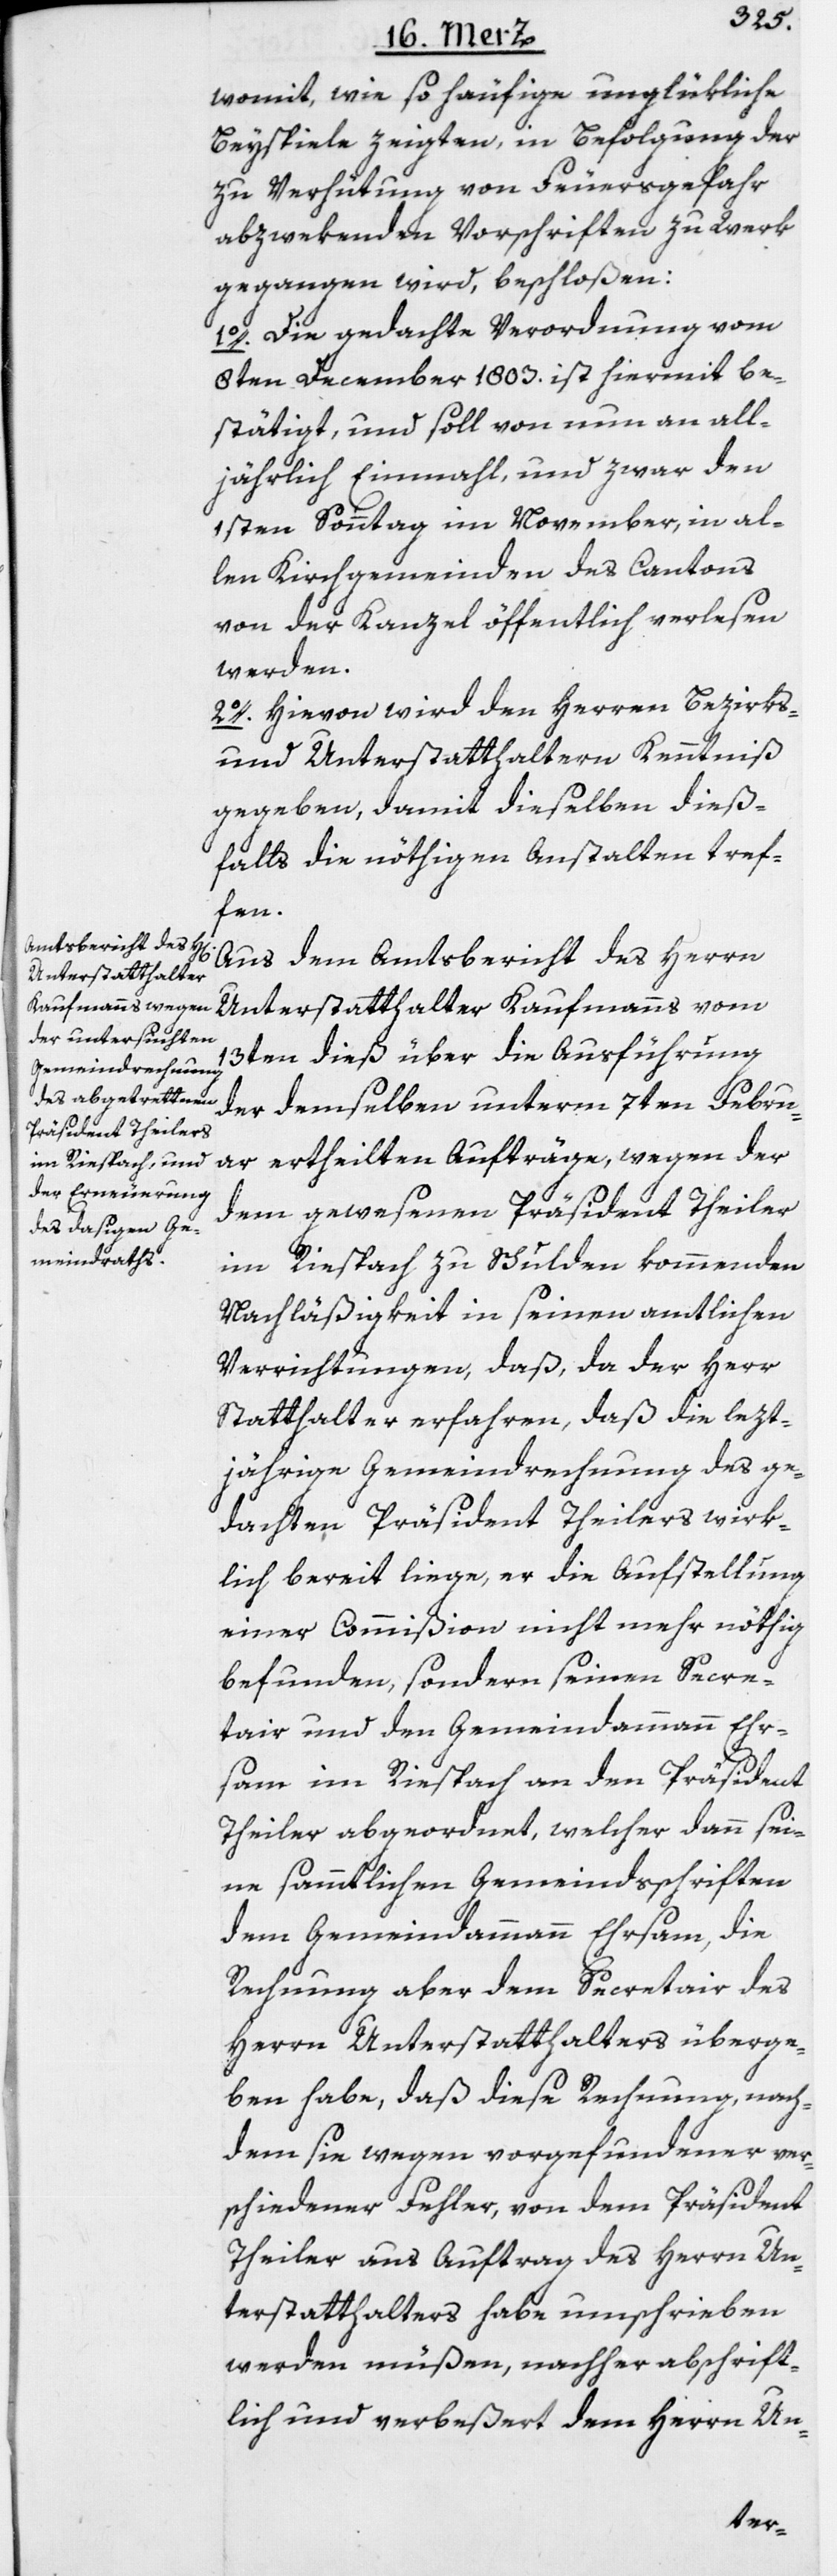
womit, wie so häufige unglükliche
Beyspiele zeigten, in Befolgung der
zur Verhütung von Feuersgefahr
abzwekenden Vorschriften zu Werk
gegangen wird, beschloßen:
1o. Die gedachte Verordnung vom
8ten December 1803. ist hiermit be¬
stätigt, und soll von nun an all¬
jährlich Einmahl, und zwar den
1sten Sonntag im November, in al¬
len Kirchgemeinden des Cantons
von der Kanzel öffentlich verlesen
werden.
2o. Hievon wird den Herren Bezirks-
und Unterstatthaltern Kenntniß
gegeben, damit dieselben dieß¬
falls die nöthigen Anstalten tref¬
fen.
Aus dem Amtsbericht des Herrn
Unterstatthalter Kaufmanns vom
13ten dieß über die Ausführung
der demselben unterm 7ten Febru¬
ar ertheilten Aufträge, wegen der
dem gewesenen Präsident Theiler
im Riespach zu Schulden kommenden
Nachläßigkeit in seinen amtlichen
Verrichtungen, daß, da der Herr
Statthalter erfahren, daß die lezt¬
jährige Gemeindrechnung des ge¬
dachten Präsident Theilers wirk¬
lich bereit liege, er die Aufstellung
einer Commißion nicht mehr nöthig
befunden, sondern seinen Secre¬
tair und den Gemeindammann Ehr¬
sam im Riespach an den Präsident
Theiler abgeordnet, welcher dann sei¬
ne sammtlichen Gemeindsschriften
dem Gemeindammann Ehrsam, die
Rechnung aber dem Secretair des
Herrn Unterstatthalters überge¬
ben habe, daß diese Rechnung, nach¬
dem sie wegen vorgefundener ver¬
schiedener Fehler, von dem Präsident
Theiler aus Auftrag des Herrn Un¬
terstatthalters habe umschrieben
werden müßen, nachher abschrift¬
lich und verbeßert dem Herrn Un-